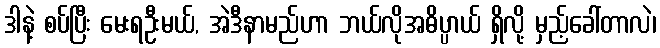
ဒါနဲ့ စပ်ပြီး မေးရဦးမယ်, အဲဒီနာမည်ဟာ ဘယ်လိုအဓိပ္ပာယ် ရှိလို့ မှည့်ခေါ်တာလဲ၊